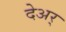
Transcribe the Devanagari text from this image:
देअर्